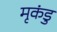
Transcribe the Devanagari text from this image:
मृकंडु